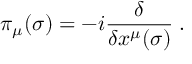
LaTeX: \pi _ { \mu } ( \sigma ) = - i \frac { \delta } { \delta x ^ { \mu } ( \sigma ) } \; .